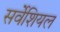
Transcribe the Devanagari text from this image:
सर्वेशियल